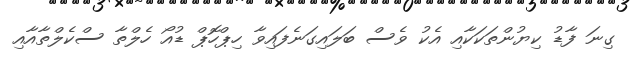
ގިނަ ފާޑު ކިޔުންތަކަކާއި އެކު ވެސް ބަލައިގަނެފައިވާ ހިޕްހޮޕް ޑުއޯ ހެލްތާ ސްކެލްތާއާއި